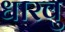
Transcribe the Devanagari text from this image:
धारवु